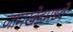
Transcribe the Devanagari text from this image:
जामखेडमध्ये